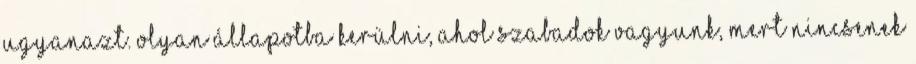
ugyanazt. Olyan állapotba kerülni, ahol szabadok vagyunk, mert nincsenek